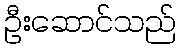
ဦးဆောင်သည်